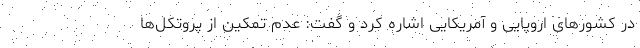
در کشورهای اروپایی و آمریکایی اشاره کرد و گفت: عدم تمکین از پروتکل‌ها